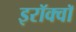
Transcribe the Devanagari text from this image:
इरॉक्वॉ